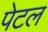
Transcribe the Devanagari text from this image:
पेटल